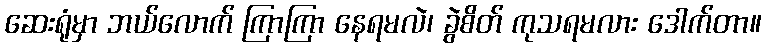
ဆေးရုံမှာ ဘယ်လောက် ကြာကြာ နေရမလဲ၊ ခွဲစိတ် ကုသရမလား ဒေါက်တာ။